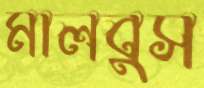
মালবুস